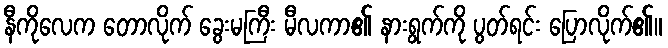
နီကိုလေက တောလိုက် ခွေးမကြီး မီလကာ၏ နားရွက်ကို ပွတ်ရင်း ပြောလိုက်၏။